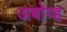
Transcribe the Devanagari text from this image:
अबोव्ह